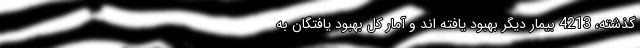
گذشته، 4213 بیمار دیگر بهبود یافته اند و آمار کل بهبود یافتگان به